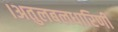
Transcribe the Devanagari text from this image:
।अतुलबलधारिणी